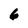
Character: 6